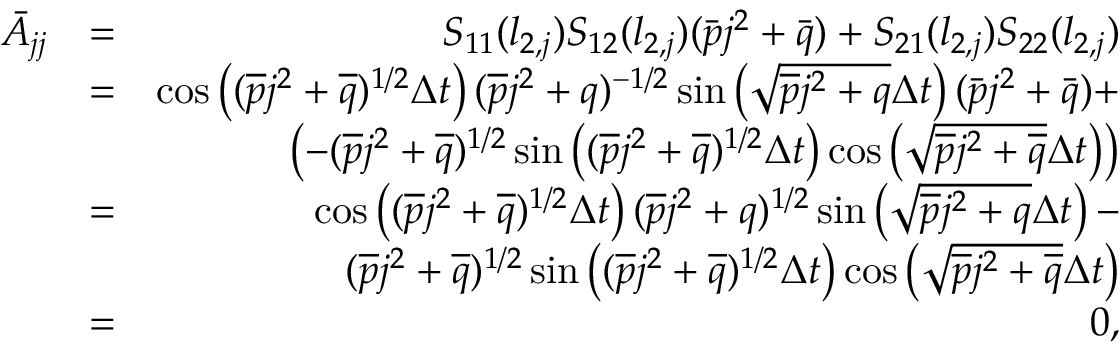
\begin{array} { r l r } { \bar { A } _ { j j } } & { = } & { S _ { 1 1 } ( l _ { 2 , j } ) S _ { 1 2 } ( l _ { 2 , j } ) ( \bar { p } j ^ { 2 } + \bar { q } ) + S _ { 2 1 } ( l _ { 2 , j } ) S _ { 2 2 } ( l _ { 2 , j } ) } \\ & { = } & { \cos \left( ( \overline { { p } } j ^ { 2 } + \overline { { q } } ) ^ { 1 / 2 } \Delta t \right) ( \overline { { p } } j ^ { 2 } + q ) ^ { - 1 / 2 } \sin \left( \sqrt { \overline { { p } } j ^ { 2 } + q } \Delta t \right) ( \bar { p } j ^ { 2 } + \bar { q } ) + } \\ & { } & { \left( - ( \overline { { p } } j ^ { 2 } + \overline { { q } } ) ^ { 1 / 2 } \sin \left( ( \overline { { p } } j ^ { 2 } + \overline { { q } } ) ^ { 1 / 2 } \Delta t \right) \cos \left( \sqrt { \overline { { p } } j ^ { 2 } + \overline { { q } } } \Delta t \right) \right) } \\ & { = } & { \cos \left( ( \overline { { p } } j ^ { 2 } + \overline { { q } } ) ^ { 1 / 2 } \Delta t \right) ( \overline { { p } } j ^ { 2 } + q ) ^ { 1 / 2 } \sin \left( \sqrt { \overline { { p } } j ^ { 2 } + q } \Delta t \right) - } \\ & { } & { ( \overline { { p } } j ^ { 2 } + \overline { { q } } ) ^ { 1 / 2 } \sin \left( ( \overline { { p } } j ^ { 2 } + \overline { { q } } ) ^ { 1 / 2 } \Delta t \right) \cos \left( \sqrt { \overline { { p } } j ^ { 2 } + \overline { { q } } } \Delta t \right) } \\ & { = } & { 0 , } \end{array}